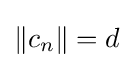
\left\|c_{n}\right\|=d